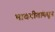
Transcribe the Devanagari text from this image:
भावगीतांमधून